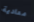
معادية